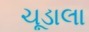
ચૂડાલા